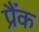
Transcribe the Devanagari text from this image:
प्रैंक